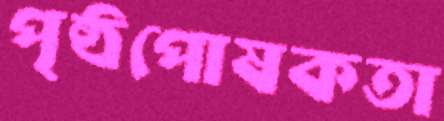
পৃষ্ঠপোষকতা